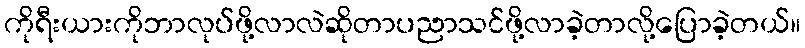
ကိုရီးယားကိုဘာလုပ်ဖို့လာလဲဆိုတာပညာသင်ဖို့လာခဲ့တာလို့ပြောခဲ့တယ်။